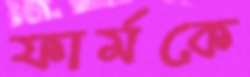
ফার্মকে